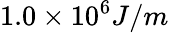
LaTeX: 1.0\times 10^{6}J/m